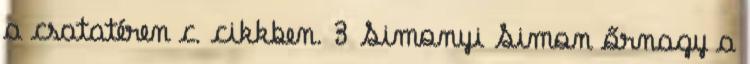
a csatatéren c. cikkben. 3 Simonyi Simon őrnagy a